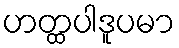
ဟတ္ထပါဒူပမာ